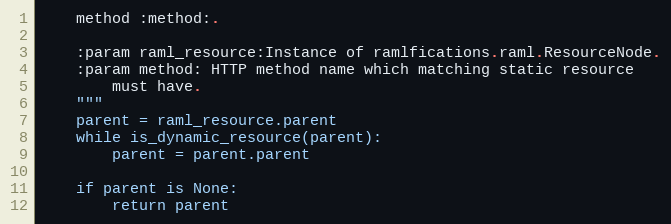
Language: Python
    method :method:.

    :param raml_resource:Instance of ramlfications.raml.ResourceNode.
    :param method: HTTP method name which matching static resource
        must have.
    """
    parent = raml_resource.parent
    while is_dynamic_resource(parent):
        parent = parent.parent

    if parent is None:
        return parent